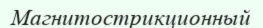
Магнитострикционный